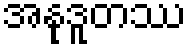
အနုဒူတဿ